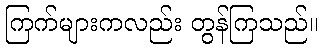
ကြက်များကလည်း တွန်ကြသည်။